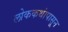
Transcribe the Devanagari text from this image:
लोककथांपासून